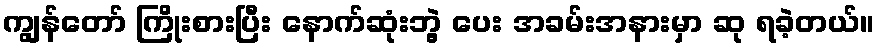
ကျွန်တော် ကြိုးစားပြီး နောက်ဆုံးဘွဲ့ ပေး အခမ်းအနားမှာ ဆု ရခဲ့တယ်။